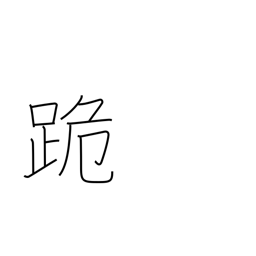
Meaning: kneel